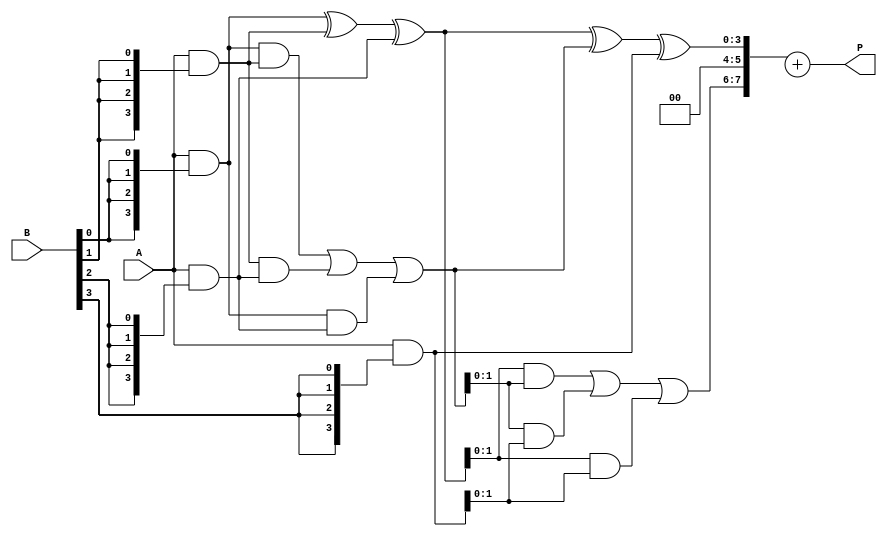
module WallaceTreeMultiplier #(parameter N = 4) (
    input [N-1:0] A,
    input [N-1:0] B,
    output reg [2*N-1:0] P
);

    // Partial products
    wire [N-1:0] pp [0:N-1]; // Partial products array

    // Generate partial products
    genvar i, j;
    generate
        for (i = 0; i < N; i = i + 1) begin : gen_pp
            assign pp[i] = A & {N{B[i]}};
        end
    endgenerate

    // Carry-Save Adder (CSA) logic
    wire [N+1:0] sum [0:N-1]; // Sum outputs from CSAs
    wire [N+1:0] carry [0:N-1]; // Carry outputs from CSAs

    // Initial stage of CSA
    generate
        for (i = 0; i < N-1; i = i + 1) begin : CSA_stage_0
            if (i == 0) begin
                assign sum[i] = pp[0];
                assign carry[i] = pp[1];
            end else begin
                assign sum[i] = pp[i + 1];
                assign carry[i] = pp[i + 2];
            end
        end
    endgenerate

    // CSA tree reduction
    generate
        for (i = 0; i < N-1; i = i + 1) begin : CSA_reduction
            if (i < N-2) begin
                wire [N-1:0] a, b, c;
                assign a = sum[i];
                assign b = carry[i];
                assign c = pp[i + 2];
                
                // CSA logic
                assign sum[i+1] = a ^ b ^ c;
                assign carry[i+1] = (a & b) | (b & c) | (a & c);
            end
        end
    endgenerate

    // Final addition stage
    wire [2*N-1:0] final_sum;
    wire [2*N-1:0] final_carry;

    assign final_sum = {carry[N-2], sum[N-2]};
    assign final_carry = {1'b0, carry[N-1]};

    always @(*) begin
        P = final_sum + final_carry; // Final product
    end

endmodule